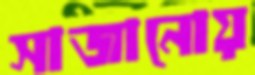
সাজানোয়